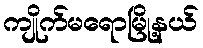
ကျိုက်မရောမြို့နယ်